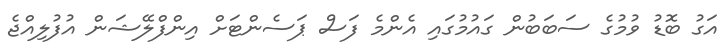
އަގު ބޮޑު ވުމުގެ ސަބަބުން ގައުމުގައި އެންމެ ފަސް ޕަސެންޓަށް އިންފްލޭޝަން އުފުލިއްޖެ